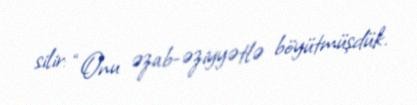
silir: “Onu əzab-əziyyətlə böyütmüşdük.